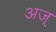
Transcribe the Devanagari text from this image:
अज्